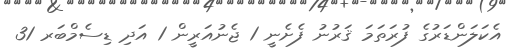
އެކަލަންޑަރުގެ ފުރަތަމަ ޤަރުނު ފެށެނީ 1 ޖެނުއަރީން 1 އަދި ޑިސެމްބަރ 31